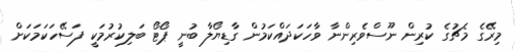
މިރޭގެ މެޗުގެ ކުރިން ނޫސްވެރިންނާ ވާހަކަދައްކަމުން ގާޑިޔޯލާ ބުނީ ޕޯޓޯ ބަލިކުރުމަކީ ފަސޭހަކަމަކަށް